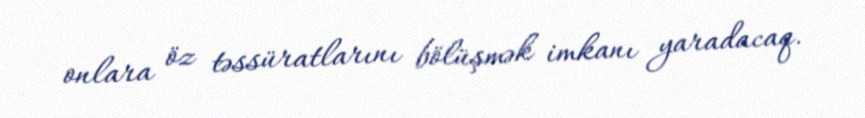
onlara öz təssüratlarını bölüşmək imkanı yaradacaq.